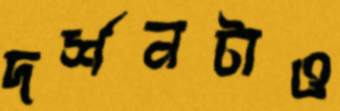
দর্শনটাও